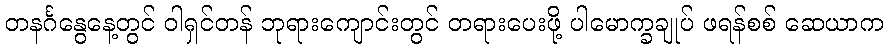
တနင်္ဂနွေနေ့တွင် ဝါရှင်တန် ဘုရားကျောင်းတွင် တရားပေးဖို့ ပါမောက္ခချုပ် ဖရန်စစ် ဆေယာက